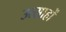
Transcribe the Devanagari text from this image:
उत्साहों